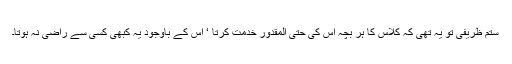
ستم ظریفی تو یہ تھی کہ کلاس کا ہر بچہ اس کی حتی المقدور خدمت کرتا ‘ اس کے باوجود یہ کبھی کسی سے راضی نہ ہوتا۔